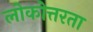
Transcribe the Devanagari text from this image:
लोकोत्तरता